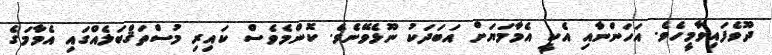
ދޫވެފައިވާމީހެވެ. އަހަންނާއި އެކީ އެމާމަޔަށް އަބަދަކު ނޫޅެވޭނެވެ. ކޮންމެވެސް ކައިރި މުސްތަޤްބަލެއްގައި އެމާމަގެ